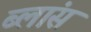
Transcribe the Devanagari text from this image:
ब्लांस